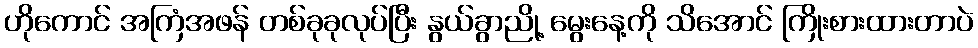
ဟိုကောင် အကြံအဖန် တစ်ခုခုလုပ်ပြီး နွယ်ခွာညို့ မွေးနေ့ကို သိအောင် ကြိုးစားထားတာပဲ